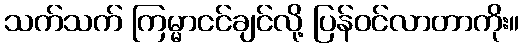
သက်သက် ကြမ္မာငင်ချင်လို့ ပြန်ဝင်လာတာကိုး။